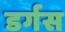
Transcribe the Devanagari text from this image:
डर्गस